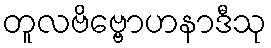
တူလဗိဗ္ဗောဟနာဒီသု